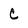
Character: C